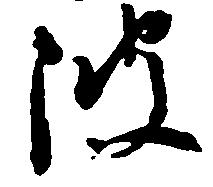
波